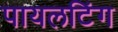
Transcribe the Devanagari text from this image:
पायलटिंग